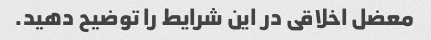
معضل اخلاقی در این شرایط را توضیح دهید.